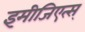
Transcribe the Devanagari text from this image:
इमीजिएत्स्